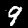
Digit: 9